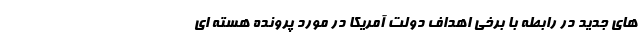
های جدید در رابطه با برخی اهداف دولت آمریکا در مورد پرونده هسته ای